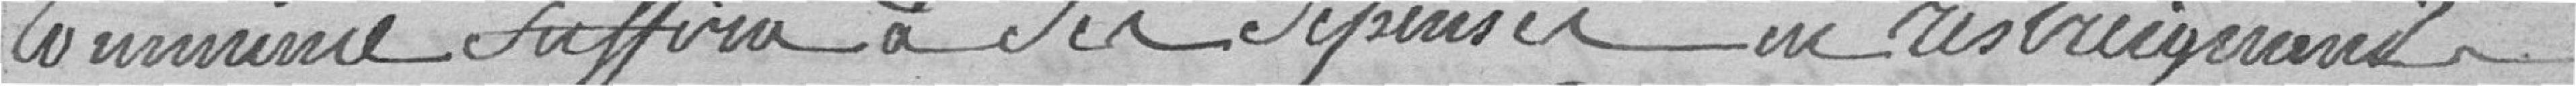
commune suffira à ses dépenses en restreignant